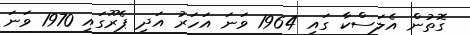
ގޮތުން އެލަސްކާ ގައި 1964 ވަނަ އަހަރު އަދި ޕެރޫގައި 1970 ވަނަ